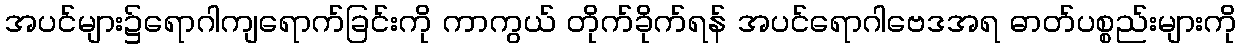
အပင်များ၌ရောဂါကျရောက်ခြင်းကို ကာကွယ် တိုက်ခိုက်ရန် အပင်ရောဂါဗေဒအရ ဓာတ်ပစ္စည်းများကို